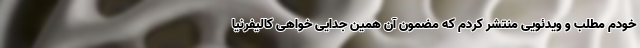
خودم مطلب و ویدئویی منتشر کردم که مضمون آن همین جدایی خواهی کالیفرنیا